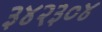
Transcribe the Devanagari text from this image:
३४२३०४